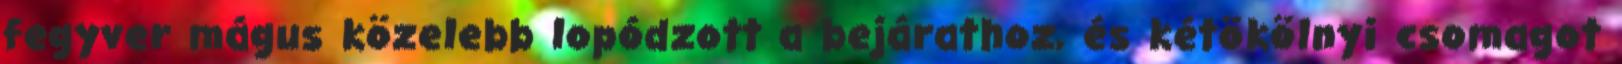
fegyver mágus közelebb lopódzott a bejárathoz, és kétökölnyi csomagot